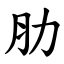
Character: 肋